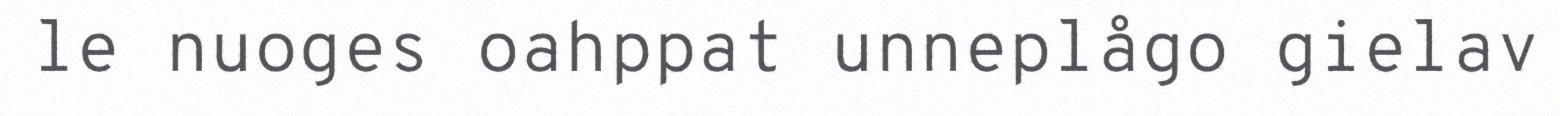
le nuoges oahppat unneplågo gielav